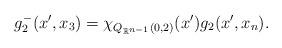
LaTeX: \begin{align*} g^-_{2}(x',x_{3})=\chi_{Q_{\mathbb{R}^{n-1}}(0,2)}(x')g_{2}(x',x_{n}). \end{align*}